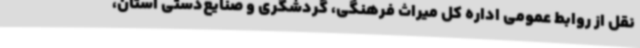
نقل از روابط عمومی اداره کل میراث فرهنگی، گردشگری و صنایع‌دستی استان،